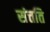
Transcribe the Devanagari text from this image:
संत्तति